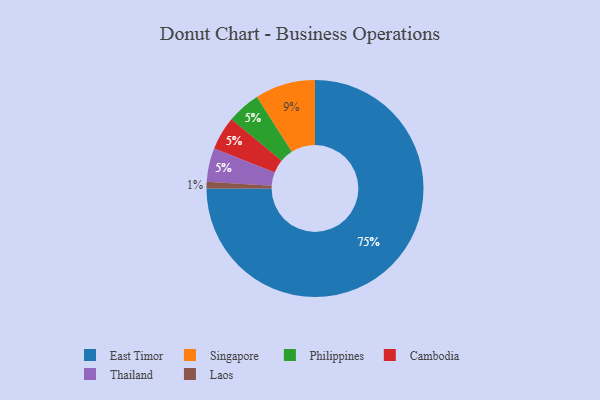
{"axis": {"x": "Category", "y": "Percentage"}, "legend": ["Cambodia", "East Timor", "Laos", "Philippines", "Singapore", "Thailand"], "data": [{"x": "Singapore", "y": 9, "type": "Singapore"}, {"x": "East Timor", "y": 75, "type": "East Timor"}, {"x": "Philippines", "y": 5, "type": "Philippines"}, {"x": "Laos", "y": 1, "type": "Laos"}, {"x": "Cambodia", "y": 5, "type": "Cambodia"}, {"x": "Thailand", "y": 5, "type": "Thailand"}]}